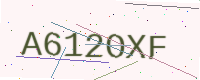
Text: A612OXF